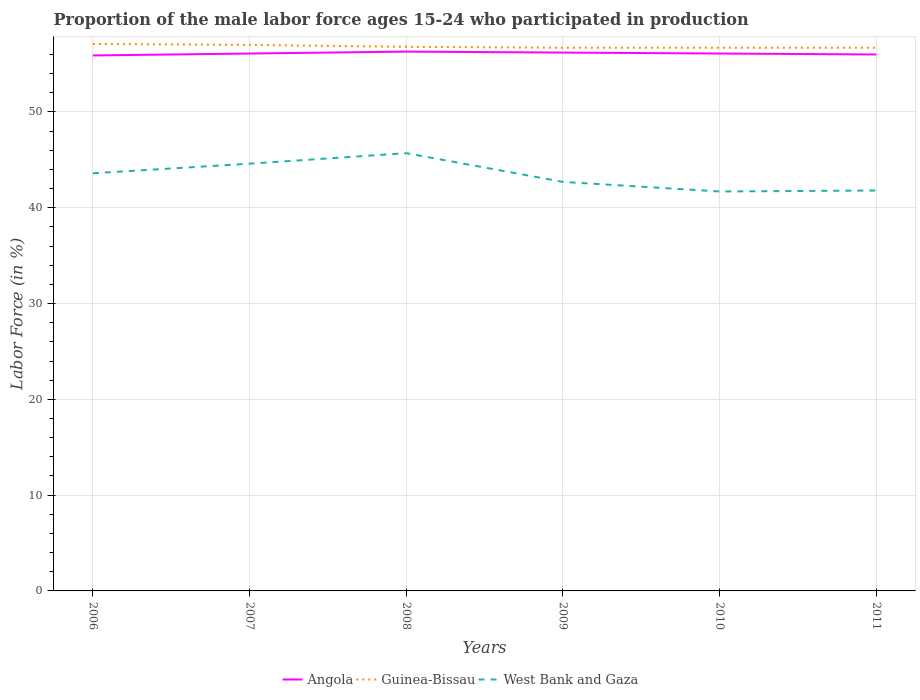
| Years | Angola | Guinea-Bissau | West Bank and Gaza |
 | --- | --- | --- | --- |
 | 2006 | 55.9 | 57.1 | 43.6 |
 | 2007 | 56.1 | 57 | 44.6 |
 | 2008 | 56.3 | 56.8 | 45.7 |
 | 2009 | 56.2 | 56.7 | 42.7 |
 | 2010 | 56.1 | 56.7 | 41.7 |
 | 2011 | 56 | 56.7 | 41.8 |